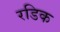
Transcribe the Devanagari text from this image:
रडिक